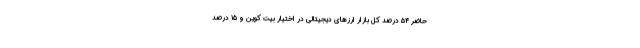
حاضر ۵۴ درصد کل بازار ارزهای دیجیتالی در اختیار بیت کوین و ۱۵ درصد